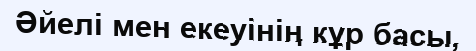
Әйелі мен екеуінің кұр басы,